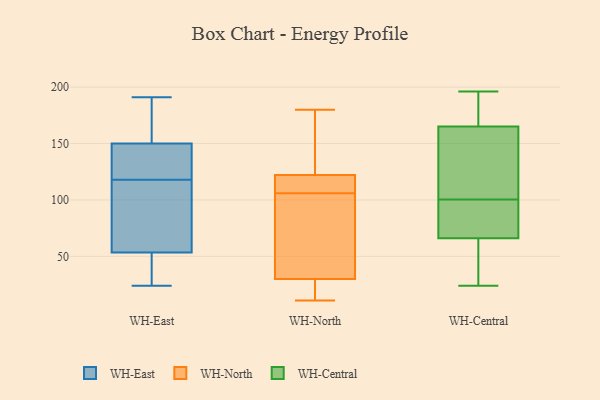
{"axis": {"x": "Shipments", "y": "Value"}, "legend": ["WH-Central", "WH-East", "WH-North"], "data": [{"x": "", "y": 145, "type": "WH-East"}, {"x": "", "y": 24, "type": "WH-East"}, {"x": "", "y": 165, "type": "WH-East"}, {"x": "", "y": 189, "type": "WH-East"}, {"x": "", "y": 130, "type": "WH-East"}, {"x": "", "y": 40, "type": "WH-East"}, {"x": "", "y": 58, "type": "WH-East"}, {"x": "", "y": 31, "type": "WH-East"}, {"x": "", "y": 94, "type": "WH-East"}, {"x": "", "y": 191, "type": "WH-East"}, {"x": "", "y": 143, "type": "WH-East"}, {"x": "", "y": 118, "type": "WH-East"}, {"x": "", "y": 118, "type": "WH-East"}, {"x": "", "y": 25, "type": "WH-North"}, {"x": "", "y": 11, "type": "WH-North"}, {"x": "", "y": 105, "type": "WH-North"}, {"x": "", "y": 118, "type": "WH-North"}, {"x": "", "y": 105, "type": "WH-North"}, {"x": "", "y": 107, "type": "WH-North"}, {"x": "", "y": 159, "type": "WH-North"}, {"x": "", "y": 112, "type": "WH-North"}, {"x": "", "y": 157, "type": "WH-North"}, {"x": "", "y": 32, "type": "WH-North"}, {"x": "", "y": 122, "type": "WH-North"}, {"x": "", "y": 18, "type": "WH-North"}, {"x": "", "y": 180, "type": "WH-North"}, {"x": "", "y": 30, "type": "WH-North"}, {"x": "", "y": 63, "type": "WH-Central"}, {"x": "", "y": 184, "type": "WH-Central"}, {"x": "", "y": 194, "type": "WH-Central"}, {"x": "", "y": 158, "type": "WH-Central"}, {"x": "", "y": 122, "type": "WH-Central"}, {"x": "", "y": 75, "type": "WH-Central"}, {"x": "", "y": 66, "type": "WH-Central"}, {"x": "", "y": 31, "type": "WH-Central"}, {"x": "", "y": 165, "type": "WH-Central"}, {"x": "", "y": 159, "type": "WH-Central"}, {"x": "", "y": 39, "type": "WH-Central"}, {"x": "", "y": 196, "type": "WH-Central"}, {"x": "", "y": 79, "type": "WH-Central"}, {"x": "", "y": 69, "type": "WH-Central"}, {"x": "", "y": 173, "type": "WH-Central"}, {"x": "", "y": 24, "type": "WH-Central"}, {"x": "", "y": 76, "type": "WH-Central"}, {"x": "", "y": 136, "type": "WH-Central"}]}